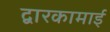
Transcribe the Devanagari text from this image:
द्वारकामाई